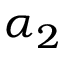
\alpha _ { 2 }